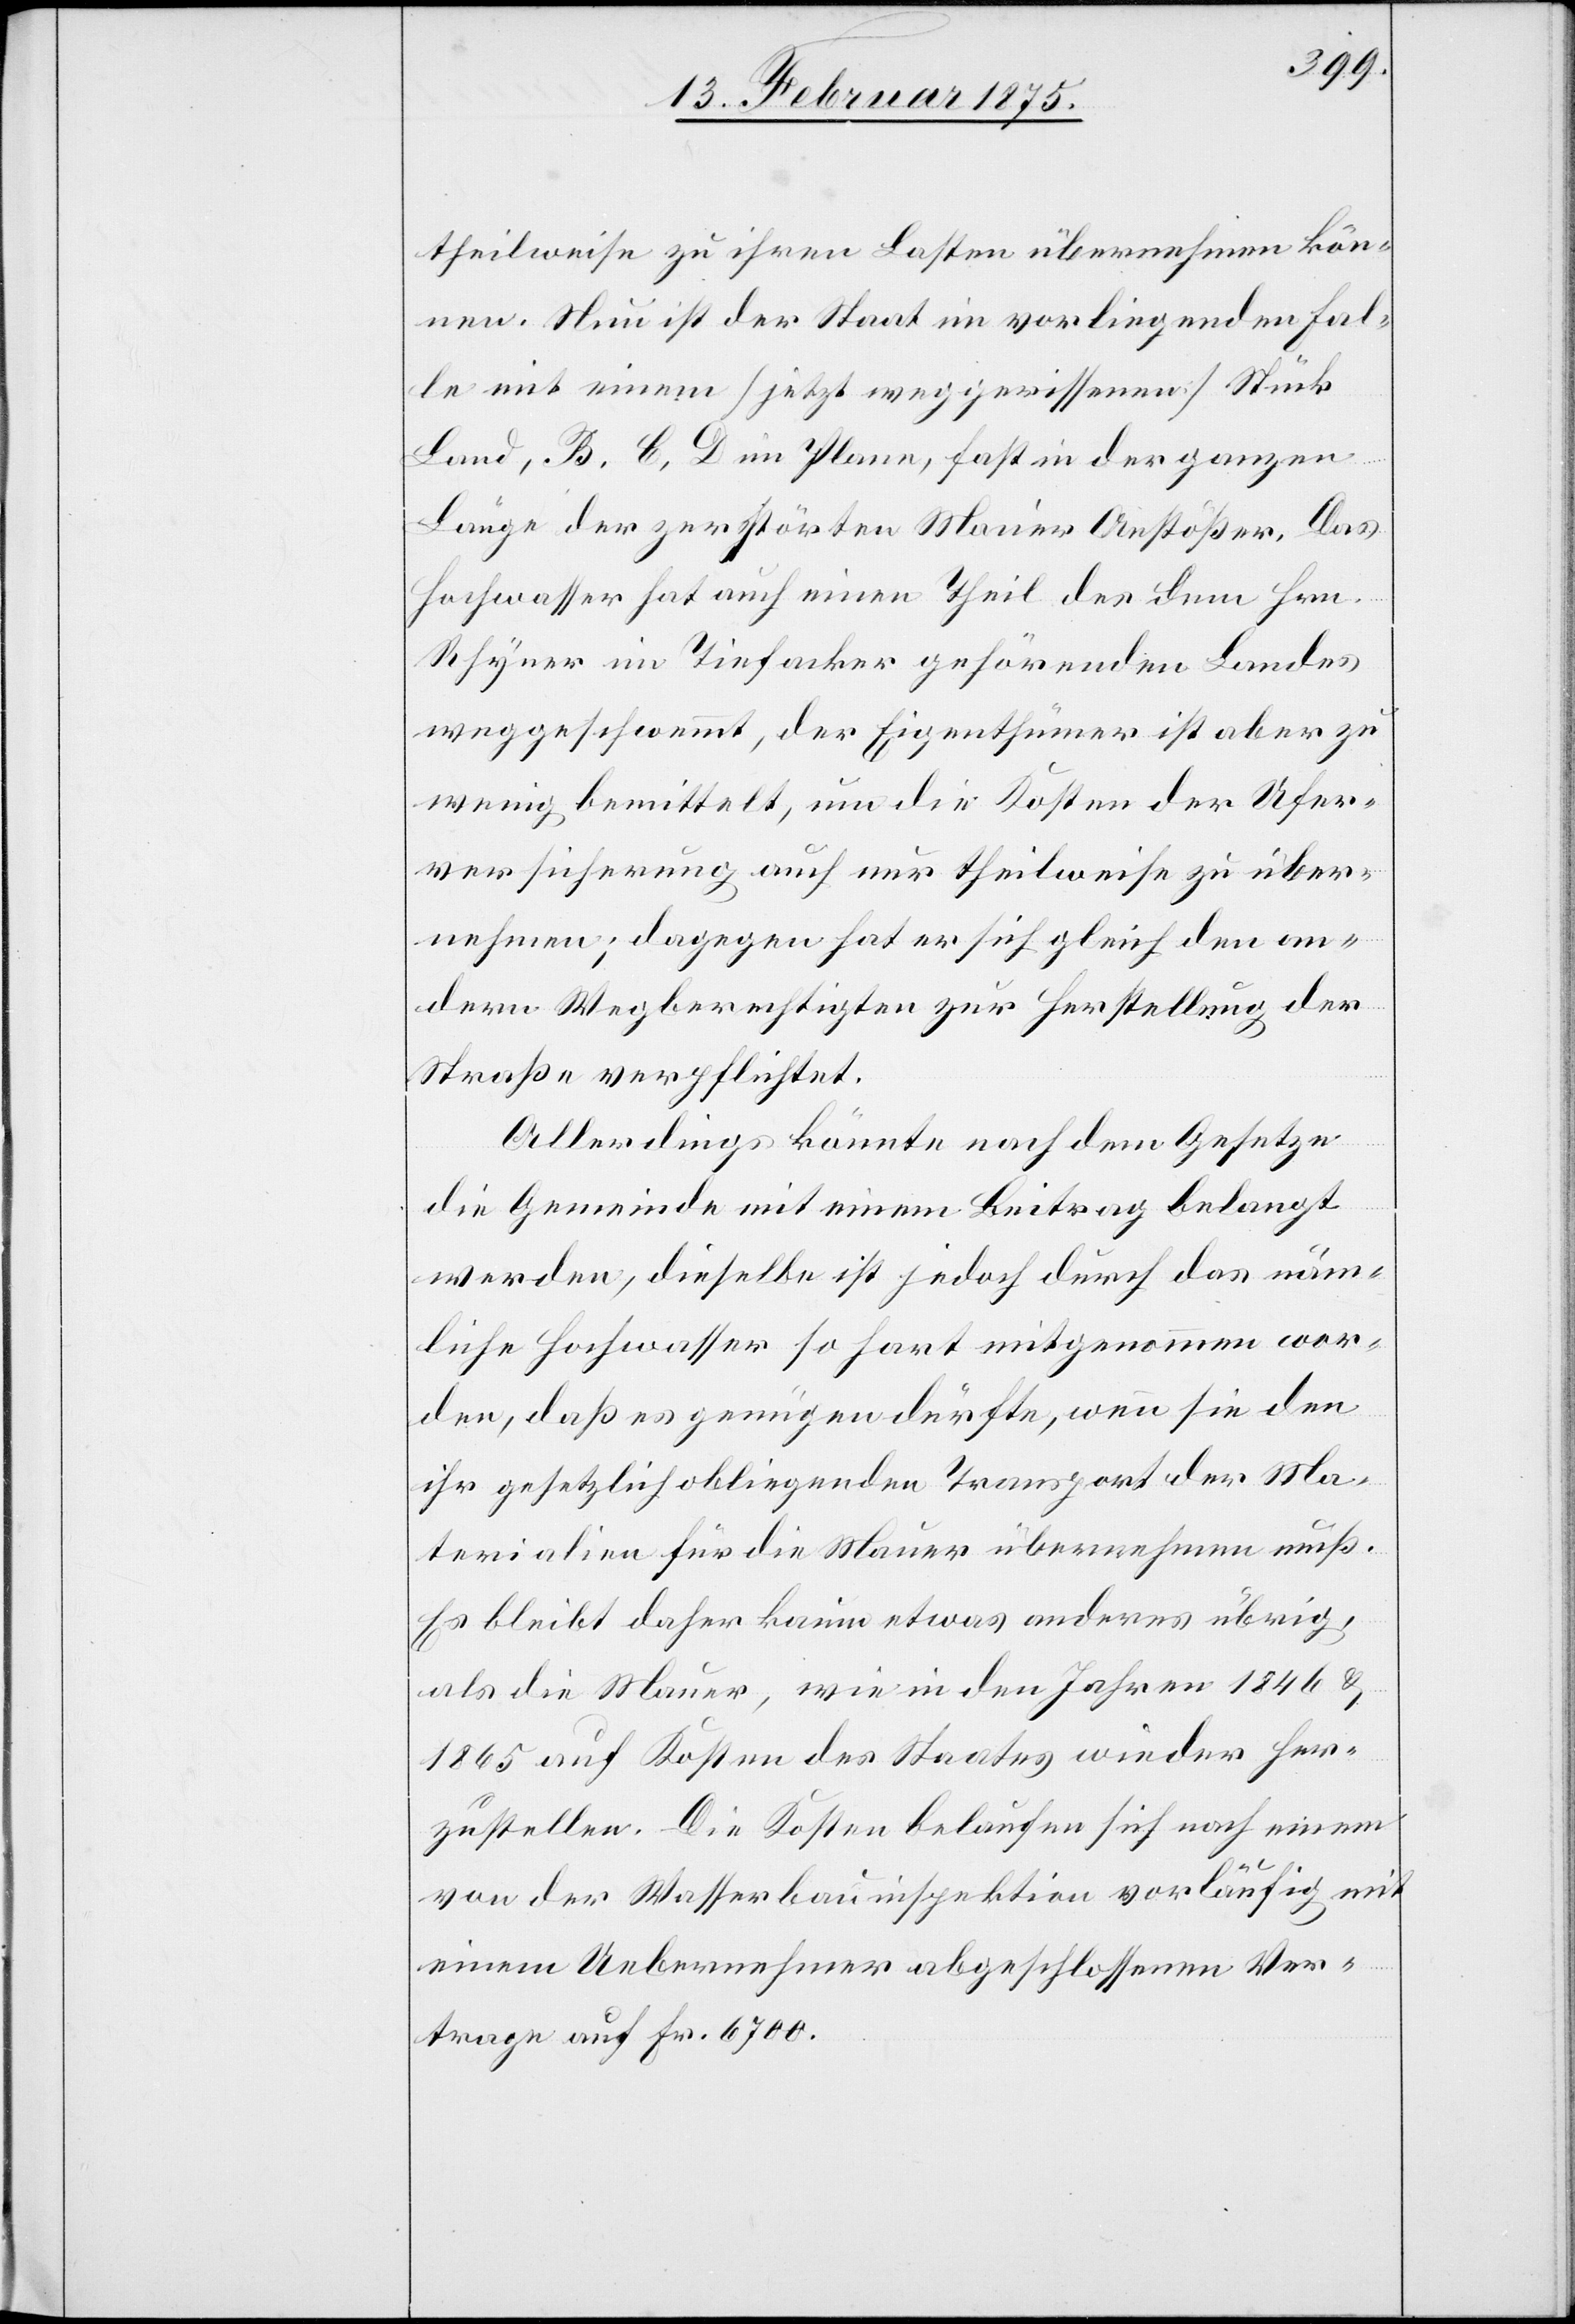
theilweise zu ihren Lasten übernehmen kön¬
nen. Nun ist der Staat im vorliegenden Fal¬
le mit einem (jetzt weggerissenen) Stück
Land, B, C, D im Plane, fast in der ganzen
Länge der zerstörten Mauer Anstößer. Das
Hochwasser hat auch einen Theil des dem Hrn.
Schyner im Tiefacker gehörenden Landes
weggeschwemmt, der Eigenthümer ist aber zu
wenig bemittelt, um die Kosten der Ufer¬
versicherung auch nur theilweise zu über¬
nehmen; dagegen hat er sich gleich den an¬
dern Wegberechtigten zur Herstellung der
Straße verpflichtet.
Allerdings könnte nach dem Gesetze
die Gemeinde mit einem Beitrag belangt
werden, dieselbe ist jedoch durch das näm¬
liche Hochwasser so hart mitgenommen wor¬
den, daß es genügen dürfte, wenn sie den
ihr gesetzlich obliegenden Transport der Ma¬
terialien für die Mauer übernehmen muß.
Es bleibt daher kaum etwas anderes übrig,
als die Mauer, wie in den Jahren 1846 &
1865 auf Kosten des Staates wieder her¬
zustellen. Die Kosten belaufen sich nach einem
von der Wasserbauinspektion vorläufig mit
einem Uebernehmer abgeschlossenen Ver¬
trage auf Fr. 6700.